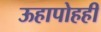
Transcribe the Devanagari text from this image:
ऊहापोहही